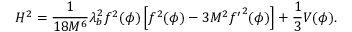
H ^ { 2 } = { \frac { 1 } { 1 8 M ^ { 6 } } } \lambda _ { b } ^ { 2 } f ^ { 2 } ( \phi ) \left[ f ^ { 2 } ( \phi ) - 3 M ^ { 2 } { f ^ { \prime } } ^ { 2 } ( \phi ) \right] + { \frac { 1 } { 3 } } V ( \phi ) .